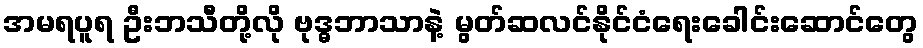
အမရပူရ ဦးဘသီတို့လို ဗုဒ္ဓဘာသာနဲ့ မွတ်ဆလင်နိုင်ငံရေးခေါင်းဆောင်တွေ